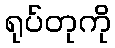
ရုပ်တုကို